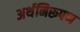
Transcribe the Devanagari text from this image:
अर्थनिरूपण